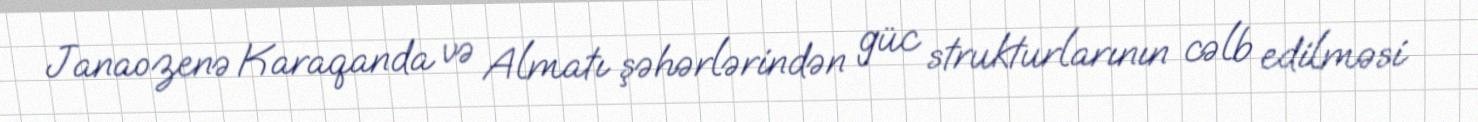
Janaozenə Karaqanda və Almatı şəhərlərindən güc strukturlarının cəlb edilməsi